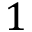
1